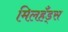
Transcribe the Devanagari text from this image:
मिलहँड्‌स